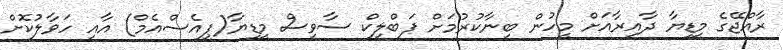
ރާއްޖޭގެ މީީޑިޔާ ދާއިރާއަށް މީހުން ބިނާކުރުމަށް ޕަބްލިކް ސާވިސް މީޑިޔާ(ޕީއެސްއެމް) އާއި ހަވާލުކޮށް